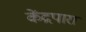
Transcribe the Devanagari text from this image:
केंद्रपारा